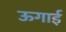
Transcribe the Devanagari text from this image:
ऊगाई